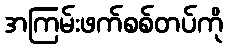
အကြမ်းဖက်စစ်တပ်ကို